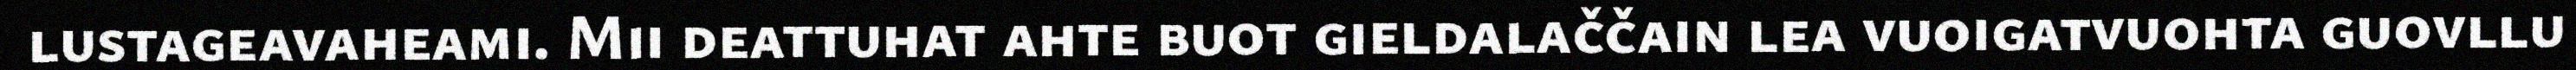
lustageavaheami. Mii deattuhat ahte buot gieldalaččain lea vuoigatvuohta guovllu